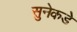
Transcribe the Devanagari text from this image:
सुनेकडे